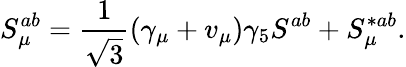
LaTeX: S_{\mu}^{ab}=\frac{1}{\sqrt{3}}(\gamma_{\mu}+v_{\mu})\gamma_{5}S^{ab}+S_{\mu}^{*ab}.